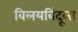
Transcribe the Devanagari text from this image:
विलयबिंदूला